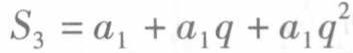
\(S_{3}=a_{1}+a_{1}q + a_{1}q^{2}\)